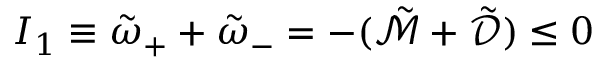
I _ { 1 } \equiv \tilde { \omega } _ { + } + \tilde { \omega } _ { - } = - ( \tilde { \mathcal { M } } + \tilde { \mathcal { D } } ) \leq 0